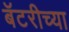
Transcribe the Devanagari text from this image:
बॅटरीच्या